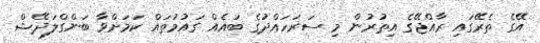
އޭގެ ތެރޭގައި ރާއްޖޭގެ އިތުރުން މި ސަރަހައްދުގެ ބައެއް ގައުމުތައް ކަމަށްވާ ބަންގްލަދޭޝް